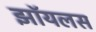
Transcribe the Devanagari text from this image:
झॉयलस